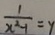
\frac { 1 } { x ^ { 2 } - 1 } = y